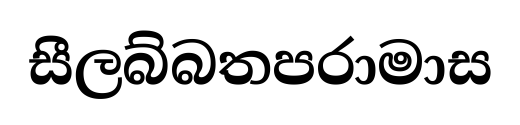
සීලබ්බතපරාමාස